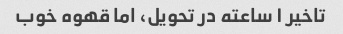
تاخیر ۱ ساعته در تحویل، اما قهوه خوب